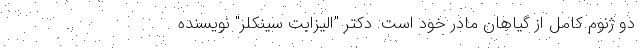
دو ژنوم کامل از گیاهان مادر خود است. دکتر "الیزابت سینکلر" نویسنده